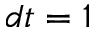
d t = 1